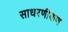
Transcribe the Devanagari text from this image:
साधरणीकण